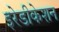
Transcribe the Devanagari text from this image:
इरेडीकेशन